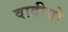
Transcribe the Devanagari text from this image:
वादीयो